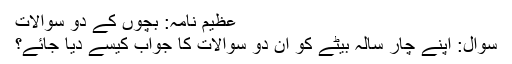
عظیم نامہ: بچوں کے دو سوالات
سوال: اپنے چار سالہ بیٹے کو ان دو سوالات کا جواب کیسے دیا جائے؟